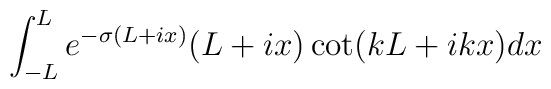
\int_{-L}^{L} e^{-\sigma(L+ix)}(L+ix)\cot(kL+ikx)dx